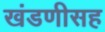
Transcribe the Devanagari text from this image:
खंडणीसह